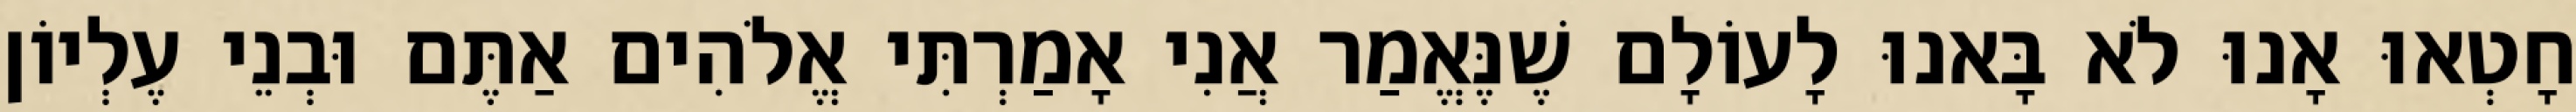
חָטְאוּ אָנוּ לֹא בָּאנוּ לָעוֹלָם שֶׁנֶּאֱמַר אֲנִי אָמַרְתִּי אֱלֹהִים אַתֶּם וּבְנֵי עֶלְיוֹן